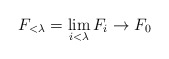
\begin{align*}F_{<\lambda}=\lim_{i<\lambda}F_i \to F_0\end{align*}